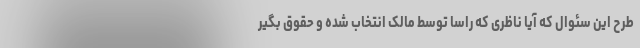
طرح این سئوال که آیا ناظری که راسا توسط مالک انتخاب شده و حقوق بگیر